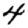
Digit: 4